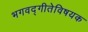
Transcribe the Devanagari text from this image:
भगवद्‌गीतेविषयक